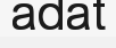
adat